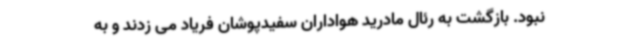
نبود. بازگشت به رئال مادرید هواداران سفیدپوشان فریاد می زدند و به